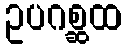
ဥပဂစ္ဆထ